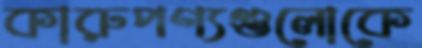
কারুপণ্যগুলোকে